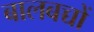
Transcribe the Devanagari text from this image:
बालबच्चों